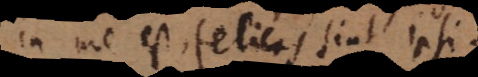
in me est, felices sint ipsi.